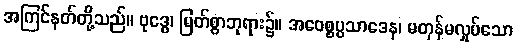
အကြင်နတ်တို့သည်။ ဗုဒ္ဓေ၊ မြတ်စွာဘုရား၌။ အဝေစ္စပ္ပသာဒေန၊ မတုန်မလှုပ်သော